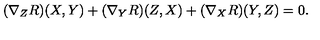
( \nabla _ { Z } R ) ( X , Y ) + ( \nabla _ { Y } R ) ( Z , X ) + ( \nabla _ { X } R ) ( Y , Z ) = 0 .